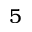
5